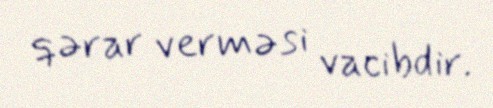
qərar verməsi vacibdir.